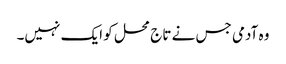
وہ آدمی جس نے تاج محل کو ایک نہیں۔